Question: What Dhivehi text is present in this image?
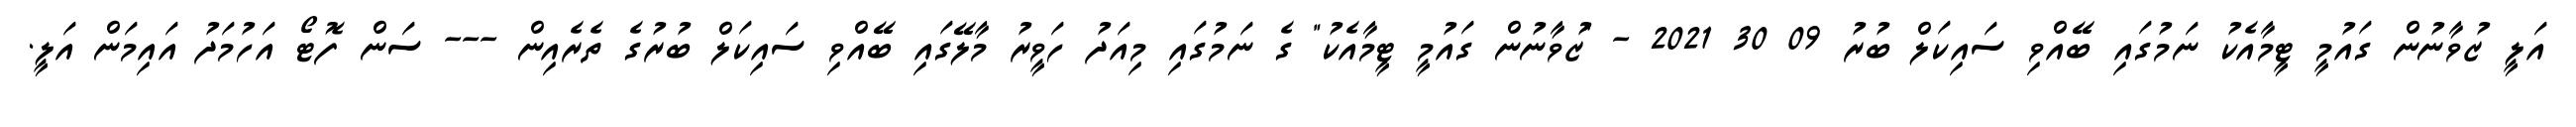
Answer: އަލީ ޒުވާނުން ގައުމީ ޓީމާއެކު ނަމުގައި ބޭއްވި ސައިކަލް ބުރު 09 30 2021 - "ޒުވާނުން ގައުމީ ޓީމާއެކު" ގެ ނަމުގައި މިއަދު ހަވީރު މާލޭގައި ބޭއްވި ސައިކަލް ބުރުގެ ތެރެއިން --- ސަން ފޮޓޯ އަހުމަދު އައިމަން އަލީ.